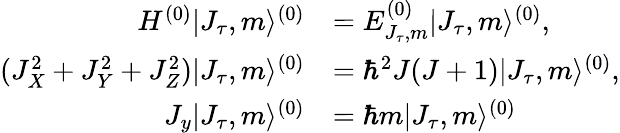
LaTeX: \begin{array}{rl}{H^{(0)}|J_{\tau},m\rangle^{(0)}}&{=E_{J_{\tau},m}^{(0)}|J_{\tau},m\rangle^{(0)},}\\ {(J_{X}^{2}+J_{Y}^{2}+J_{Z}^{2})|J_{\tau},m\rangle^{(0)}}&{=\hbar^{2}J(J+1)|J_{\tau},m\rangle^{(0)},}\\ {J_{y}|J_{\tau},m\rangle^{(0)}}&{=\hbar m|J_{\tau},m\rangle^{(0)}}\end{array}